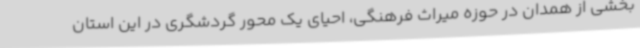
بخشی از همدان در حوزه میراث فرهنگی، احیای یک محور گردشگری در این استان